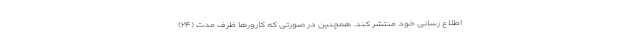
اطلاع رسانی خود منتشر کند. همچنین در صورتی که کارورها ظرف مدت (۲۴)